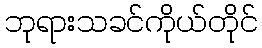
ဘုရားသခင်ကိုယ်တိုင်